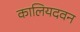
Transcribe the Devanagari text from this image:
कालियदवन